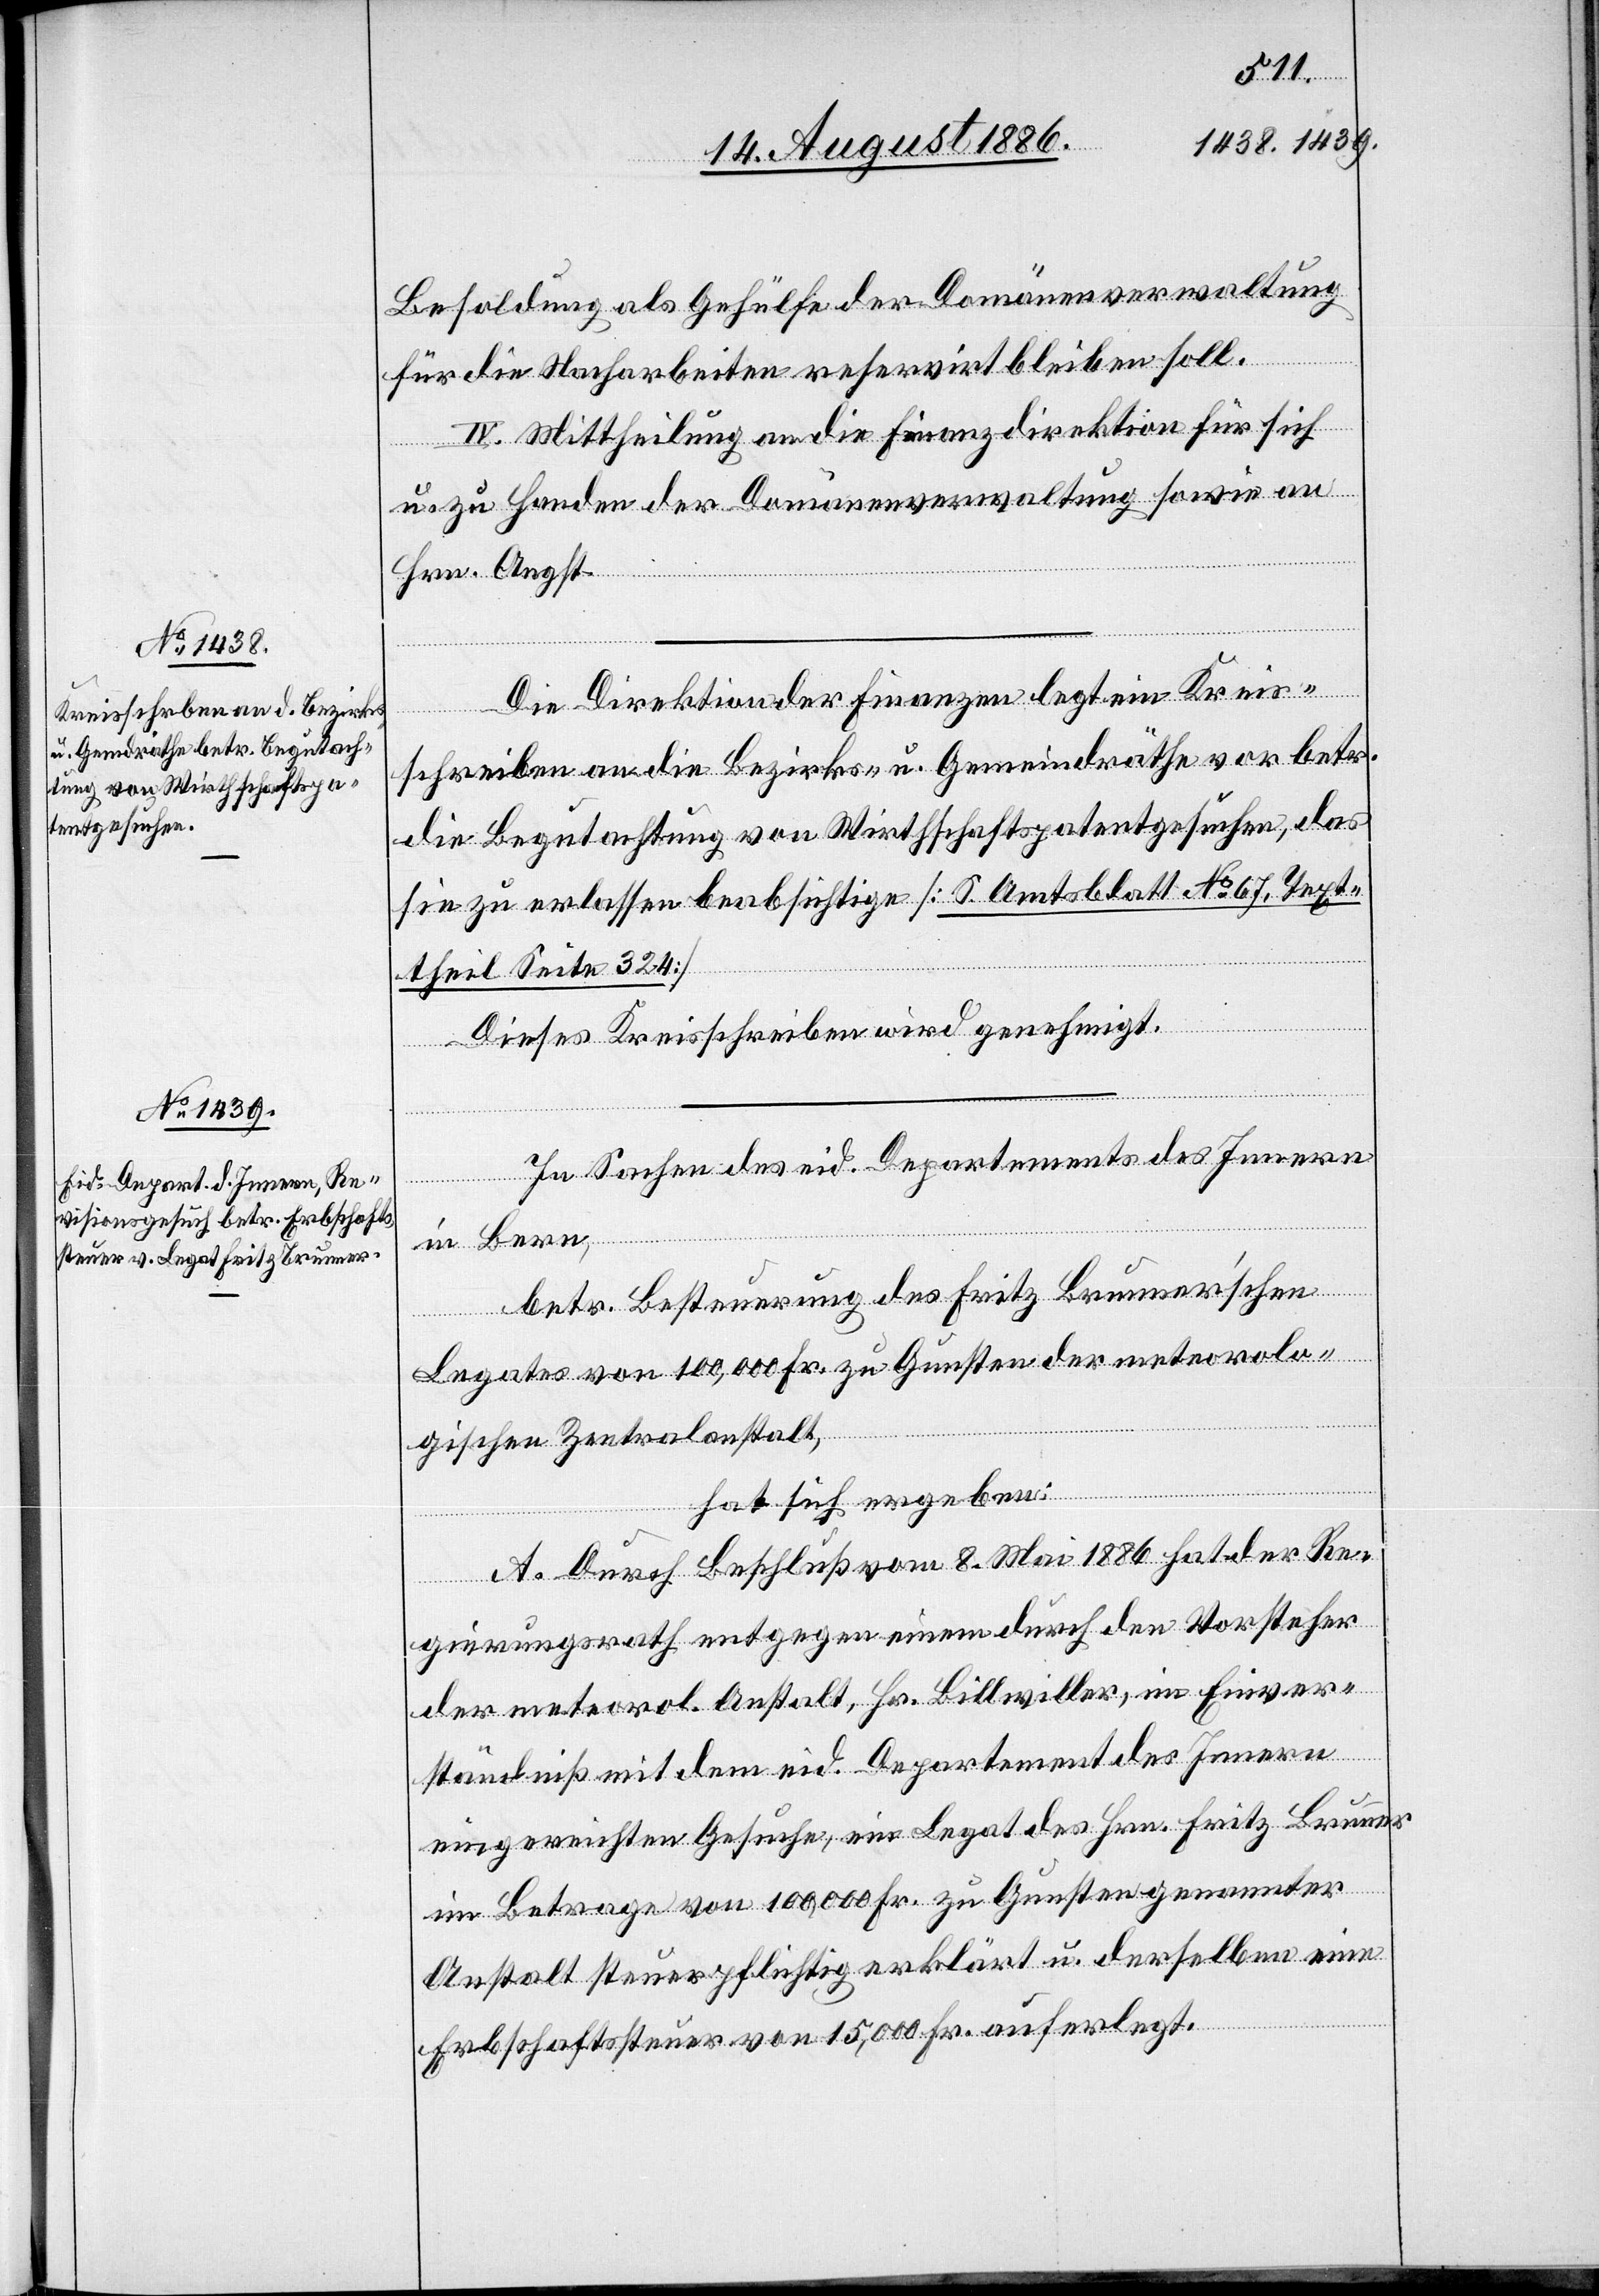
Besoldung als Gehülfe der Domänenverwaltung
für die Nacharbeiten reservirt bleiben soll.
IV. Mittheilung an die Finanzdirektion für sich
u. zu Handen der Domänenverwaltung sowie an
Hrn. Angst.
Die Direktion der Finanzen legt ein Kreis¬
schreiben an die Bezirks- u. Gemeindräthe vor betr.
die Begutachtung von Wirthschaftspatentgesuchen, das
sie zu erlassen beabsichtige [S. Amtsblatt No 67, Text¬
theil Seite 324].
Dieses Kreisschreiben wird genehmigt.
In Sachen des eid. Departements des Innern
in Bern,
betr. Besteuerung des Fritz Brunnerʼschen
Legates von 100,000 Fr. zu Gunsten der meteorolo¬
gischen Zentralanstalt,
hat sich ergeben:
A. Durch Beschluß vom 8. Mai 1886 hat der Re¬
gierungsrath entgegen einem durch den Vorsteher
der meteorolog. Anstalt, Hr. Billwiller, im Einver¬
ständniß mit dem eid. Departement des Innern
eingereichten Gesuche, ein Legat des Hrn. Fritz Brunner
im Betrage von 100,000 Fr. zu Gunsten genannter
Anstalt steuerpflichtig erklärt u. derselben eine
Erbschaftssteuer von 15,000 Fr. auferlegt.